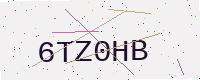
Text: 6TZ0HB